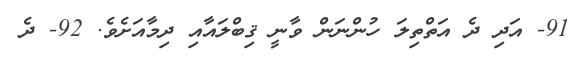
91- އަދި ދެ އަތްތިލަ ހުންނަން ވާނީ ޤިބްލައާއި ދިމާއަށެވެ. 92- ދެ